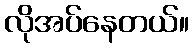
လိုအပ်နေတယ်။